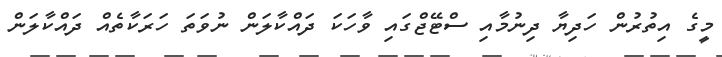
މީގެ އިތުރުން ހަދިޔާ ދިނުމާއި ސްޓޭޖްގައި ވާހަކަ ދައްކާލަން ނުވަތަ ހަރަކާތެއް ދައްކާލަން